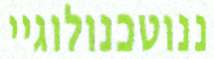
ננוטכנולוגיי